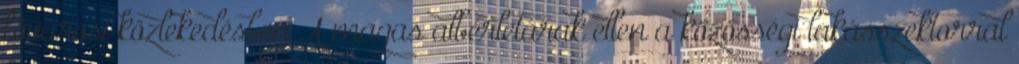
fővárosi közlekedésben A magas albérletárak ellen a közösségi lakásszektorral